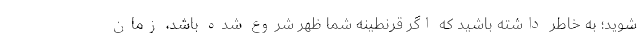
شوید؛ به خاطر داشته باشید که اگر قرنطینهٔ شما ظهر شروع شده باشد، زمان